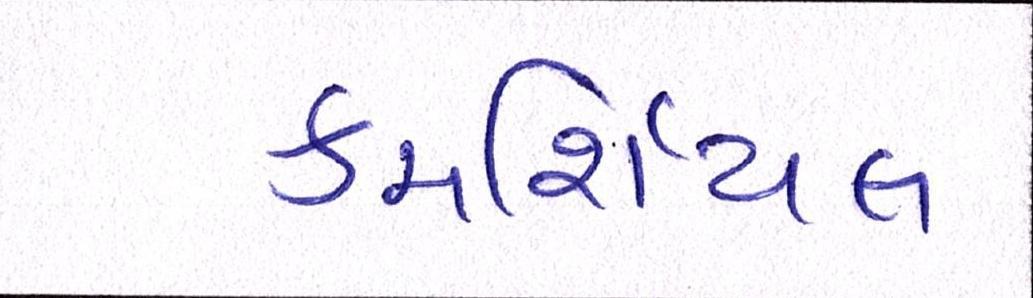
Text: કમર્શિયલ